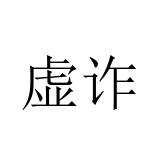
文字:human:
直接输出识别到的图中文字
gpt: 虚诈